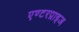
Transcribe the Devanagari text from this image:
एण्टरप्राइज